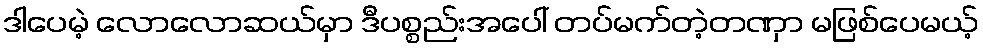
ဒါပေမဲ့ လောလောဆယ်မှာ ဒီပစ္စည်းအပေါ် တပ်မက်တဲ့တဏှာ မဖြစ်ပေမယ့်